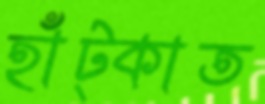
হাঁট্‌কাত